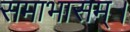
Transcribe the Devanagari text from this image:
समाभासम्।